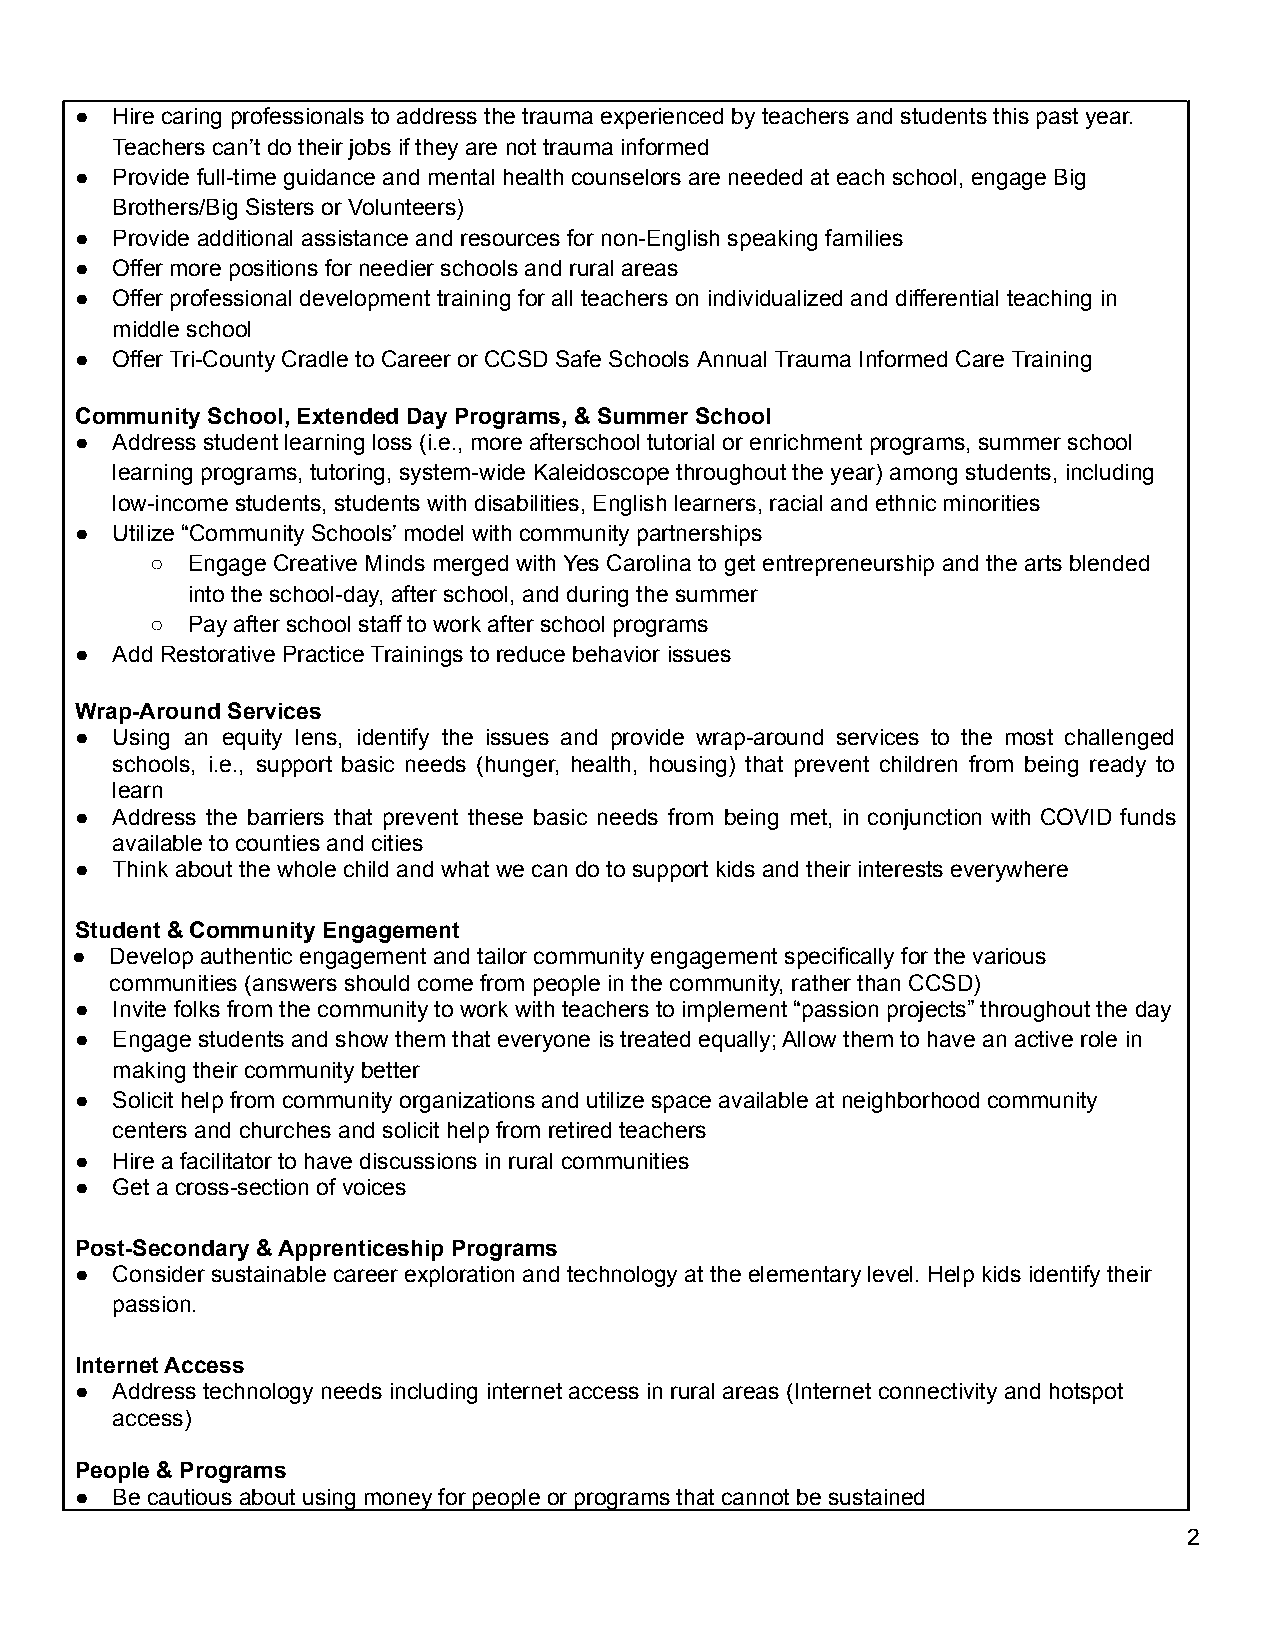
● Hire caring professionals to address the trauma experienced by teachers and students this past year.
 Teachers can’t do their jobs if they are not trauma informed
 ● Provide full-time guidance and mental health counselors are needed at each school, engage Big
 Brothers/Big Sisters or Volunteers)
 ● Provide additional assistance and resources for non-English speaking families
 ● Offer more positions for needier schools and rural areas
 ● Offer professional development training for all teachers on individualized and differential teaching in
 middle school
 ● Offer Tri-County Cradle to Career or CCSD Safe Schools Annual Trauma Informed Care Training
 Community School, Extended Day Programs, & Summer School
 ● Address student learning loss (i.e., more afterschool tutorial or enrichment programs, summer school
 learning programs, tutoring, system-wide Kaleidoscope throughout the year) among students, including
 low-income students, students with disabilities, English learners, racial and ethnic minorities
 ● Utilize “Community Schools’ model with community partnerships
 ○ Engage Creative Minds merged with Yes Carolina to get entrepreneurship and the arts blended
 into the school-day, after school, and during the summer
 ○ Pay after school staff to work after school programs
 ● Add Restorative Practice Trainings to reduce behavior issues
 Wrap-Around Services
 ● Using an equity lens, identify the issues and provide wrap-around services to the most challenged
 schools, i.e., support basic needs (hunger, health, housing) that prevent children from being ready to
 learn
 ● Address the barriers that prevent these basic needs from being met, in conjunction with COVID funds
 available to counties and cities
 ● Think about the whole child and what we can do to support kids and their interests everywhere
 Student & Community Engagement
 ● Develop authentic engagement and tailor community engagement specifically for the various
 communities (answers should come from people in the community, rather than CCSD)
 ● Invite folks from the community to work with teachers to implement “passion projects” throughout the day
 ● Engage students and show them that everyone is treated equally; Allow them to have an active role in
 making their community better
 ● Solicit help from community organizations and utilize space available at neighborhood community
 centers and churches and solicit help from retired teachers
 ● Hire a facilitator to have discussions in rural communities
 ● Get a cross-section of voices
 Post-Secondary & Apprenticeship Programs
 ● Consider sustainable career exploration and technology at the elementary level. Help kids identify their
 passion.
 Internet Access
 ● Address technology needs including internet access in rural areas (Internet connectivity and hotspot
 access)
 People & Programs
 ● Be cautious about using money for people or programs that cannot be sustained
 2